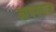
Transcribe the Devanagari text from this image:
आर्षस्तोत्र